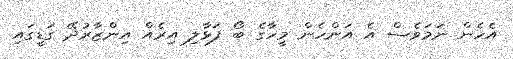
އެހެން ނަމަވެސް އެ އަންހެން މީހާގެ ބޯ ފަޅާލި އިރެއް އިންޒާރުދޭ ގަޑީގައި